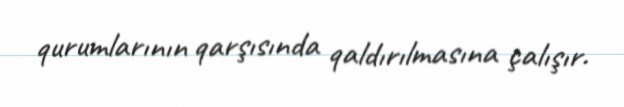
qurumlarının qarşısında qaldırılmasına çalışır.